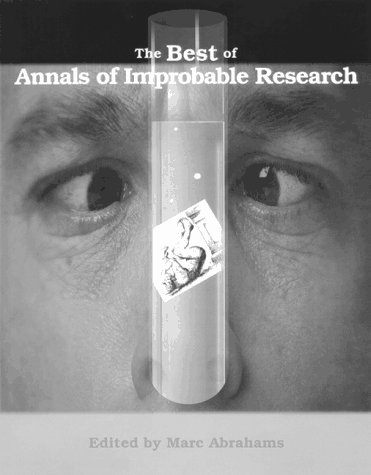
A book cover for The Best of Annals of Improbable Research; Marc Abrahams; Humor & Entertainment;